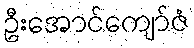
ဦးအောင်ကျော်ဇံ